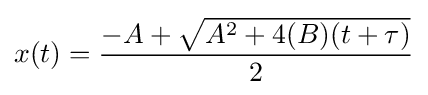
x(t)={\frac {-A+{\sqrt {A^{2}+4(B)(t+\tau )}}}{2}}